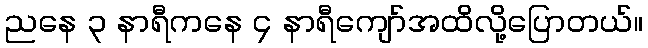
ညနေ ၃ နာရီကနေ ၄ နာရီကျော်အထိလို့ပြောတယ်။